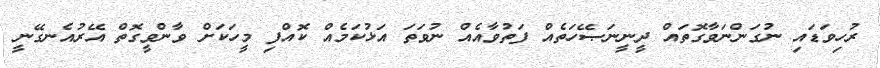
ރުހިވަޑައި ނުގަންނަވާގޮތައް ދީނީނަޞޭހަތެއް ފަތުވާއެއް ނުވަތަ އަޅުކަމެއް ކޮއްފި މީހަކަށް ވާންވީގޮތް އޭރުއެނގޭނީ